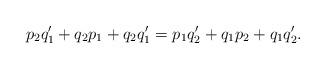
LaTeX: \begin{align*}p_2q_1'+q_2p_1+q_2q_1'=p_1q_2'+q_1p_2+q_1q_2'.\end{align*}